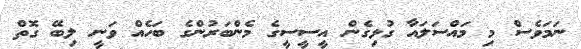
ނަމަވެސް މި މައްސަލައާ ގުޅިގެން އީސީސީގެ މެންބަރުންގެ ބަހެއް ވަނީ ލިބޭ ގޮތް